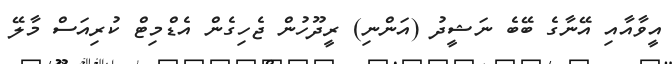
އީވާއާއި އޭނާގެ ބޭބެ ނަޝީދު (އަންނި) ރީދޫހުން ޖެހިގެން އެޑްމިޓް ކުރިއަސް މާލޭ